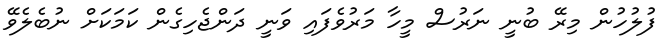
ފުލުހުން މިރޭ ބުނީ ނަރުސް މީހާ މަރުވެފައި ވަނީ ދަންޖެހިގެން ކަމަކަށް ނުބެލެވޭ